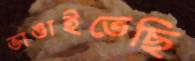
ভাঙাইতেছি